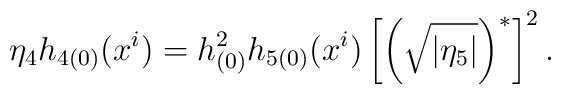
\eta _{4}h_{4(0)}(x^{i})=h_{(0)}^{2}h_{5(0)}(x^{i})\left[ \left( \sqrt{|\eta_{5}|}\right) ^{\ast }\right] ^{2}.